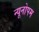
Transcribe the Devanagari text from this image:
न्यूनोपम